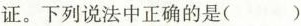
证。下列说法中正确的是( )